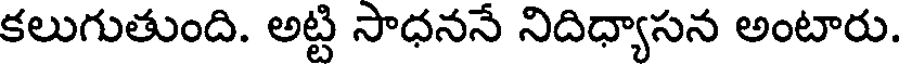
కలుగుతుంది. అట్టి సాధననే నిదిధ్యాసన అంటారు.